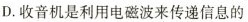
D.收音机是利用电磁波来传递信息的